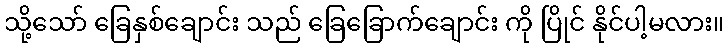
သို့သော် ခြေနှစ်ချောင်း သည် ခြေခြောက်ချောင်း ကို ပြိုင် နိုင်ပါ့မလား။